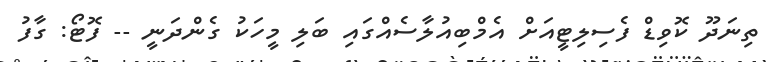
ތިނަދޫ ކޮވިޑް ފެސިލިޓީއަށް އެމްބިއުލާސެއްގައި ބަލި މީހަކު ގެންދަނީ -- ފޮޓޯ: ގާފު